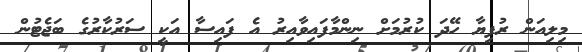
މިލިއަން ރުފިޔާ ހޭދަ ކުރުމަށް ނިންމާފައިވާއިރު އެ ފައިސާ އަކީ ސަރުކާރުގެ ބަޖެޓުން